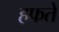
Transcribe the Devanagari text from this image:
हफते